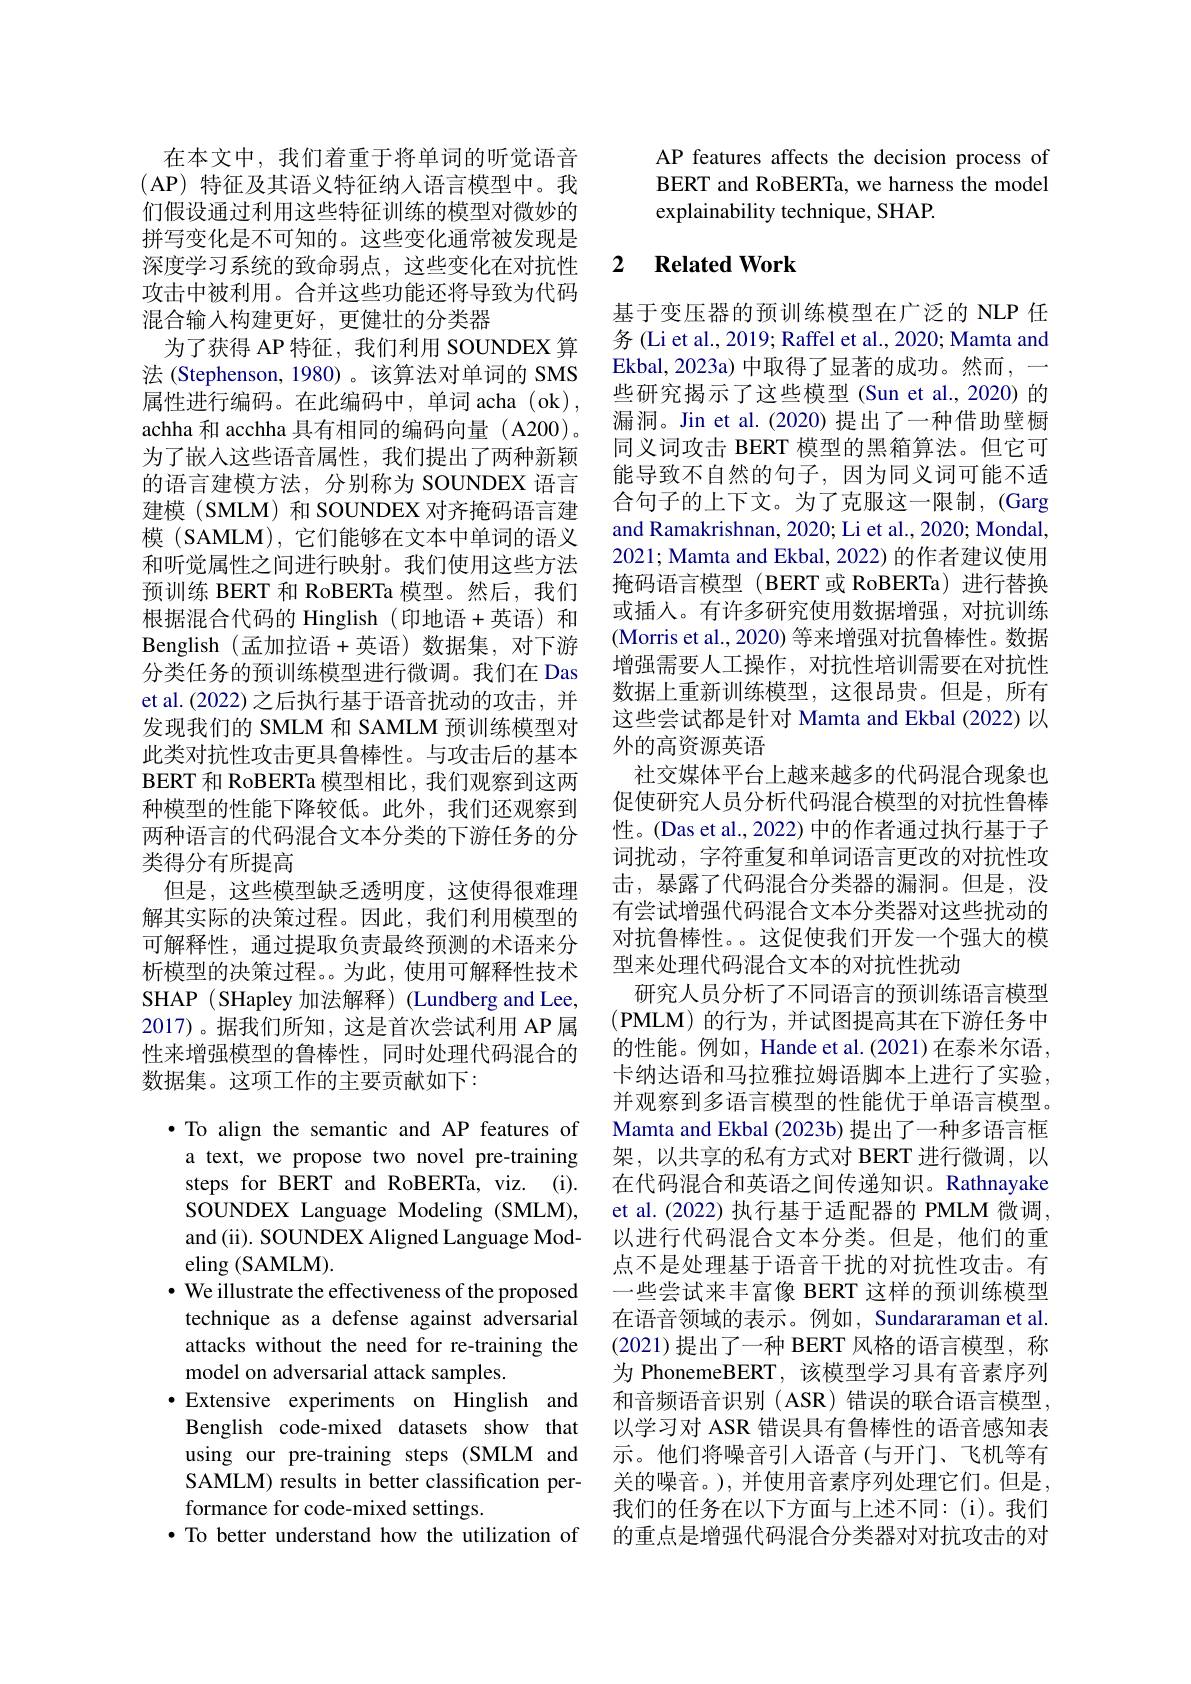
在本文中，我们着重于将单词的听觉语音(AP) 特征及其语义特征纳人语言模型中。我们假设通过利用这些特征训练的模型对微妙的拼写变化是不可知的。这些变化通常被发现是深度学习系统的致命弱点，这些变化在对抗性攻击中被利用。合并这些功能还将导致为代码混合输入构建更好，更健壮的分类器
为了获得 AP 特征，我们利用 SOUNDEX 算法 (Stephenson, 1980)。该算法对单词的 SMS 属性进行编码。在此编码中，单词 acha(ok), achha 和 acchha 具有相同的编码向量 (A200)。为了嵌入这些语音属性，我们提出了两种新颖的语言建模方法，分别称为 SOUNDEX 语言建模 (SMLM) 和 SOUNDEX 对齐掩码语言建模 (SAMLM), 它们能够在文本中单词的语义和听觉属性之间进行映射。我们使用这些方法预训练 BERT 和 RoBERTa 模型。然后，我们根据混合代码的 Hinglish(印地语+英语)和Benglish (孟加拉语+英语)数据集，对下游分类任务的预训练模型进行微调。我们在 Das et al.(2022) 之后执行基于语音扰动的攻击，并发现我们的 SMLM 和 SAMLM 预训练模型对此类对抗性攻击更具鲁棒性。与攻击后的基本BERT 和 RoBERTa 模型相比，我们观察到这两种模型的性能下降较低。此外，我们还观察到两种语言的代码混合文本分类的下游任务的分类得分有所提高
但是，这些模型缺乏透明度，这使得很难理解其实际的决策过程。因此，我们利用模型的可解释性，通过提取负责最终预测的术语来分析模型的决策过程。。为此，使用可解释性技术SHAP (SHapley 加法解释) (Lundberg and Lee, 2017)。据我们所知，这是首次尝试利用 AP 属性来增强模型的鲁棒性，同时处理代码混合的数据集。这项工作的主要贡献如下：

·To align the semantic and AP features of a text, we propose two novel pre-training steps for BERT and RoBERTa, viz. (i). SOUNDEX Language Modeling (SMLM), and (ii). SOUNDEX Aligned Language Modeling (SAMLM).
$\cdot$ We illustrate the effectiveness of the proposed technique as a defense against adversarial attacks without the need for re-training the model on adversarial attack samples.
$\bullet$ Extensive experiments on Hinglish and Benglish code-mixed datasets show that using our pre-training steps (SMLM and SAMLM) results in better classification performance for code-mixed settings.
$\bullet$ To better understand how the utilization of

AP features affects the decision process of BERT and RoBERTa, we harness the model explainability technique, SHAP.

## 2 $\textbf{Related Work}$

基于变压器的预训练模型在广泛的 NLP 任务 (Li et al., 2019; Raffel et al., 2020; Mamta and Ekbal, 2023a) 中取得了显著的成功。然而，- 些研究揭示了这些模型(Sun et al.,2020) 的漏洞。Jin et al.(2020) 提出了一种借助壁橱同义词攻击 BERT 模型的黑箱算法。但它可能导致不自然的句子，因为同义词可能不适合句子的上下文。为了克服这一限制，(Garg and Ramakrishnan, 2020; Li et al., 2020; Mondal, 2021; Mamta and Ekbal, 2022) 的作者建议使用掩码语言模型(BERT 或 RoBERTa)进行替换或插入。有许多研究使用数据增强，对抗训练(Morris et al., 2020) 等来增强对抗鲁棒性。数据增强需要人工操作，对抗性培训需要在对抗性数据上重新训练模型，这很昂贵。但是，所有这些尝试都是针对 Mamta and Ekbal (2022) 以外的高资源英语
社交媒体平台上越来越多的代码混合现象也促使研究人员分析代码混合模型的对抗性鲁棒性。(Das et al., 2022) 中的作者通过执行基于子词扰动，字符重复和单词语言更改的对抗性攻击，暴露了代码混合分类器的漏洞。但是，没有尝试增强代码混合文本分类器对这些扰动的对抗鲁棒性。。这促使我们开发一个强大的模型来处理代码混合文本的对抗性扰动
研究人员分析了不同语言的预训练语言模型(PMLM)的行为，并试图提高其在下游任务中的性能。例如，Hande et al.(2021)在泰米尔语， 卡纳达语和马拉雅拉姆语脚本上进行了实验， 并观察到多语言模型的性能优于单语言模型。Mamta and Ekbal (2023b) 提出了一种多语言框架，以共享的私有方式对 BERT 进行微调，以在代码混合和英语之间传递知识。Rathnayake et al.(2022) 执行基于适配器的 PMLM 微调， 以进行代码混合文本分类。但是，他们的重点不是处理基于语音干扰的对抗性攻击。有一些尝试来丰富像 BERT 这样的预训练模型在语音领域的表示。例如，Sundararaman et al. (2021)提出了一种 BERT 风格的语言模型，称为 PhonemeBERT, 该模型学习具有音素序列和音频语音识别(ASR)错误的联合语言模型， 以学习对 ASR 错误具有鲁棒性的语音感知表示。他们将噪音引人语音(与开门、飞机等有关的噪音。), 并使用音素序列处理它们。但是， 我们的任务在以下方面与上述不同：(i)。我们的重点是增强代码混合分类器对对抗攻击的对